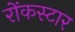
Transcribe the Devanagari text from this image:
रोंकस्टार